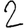
Digit: 2